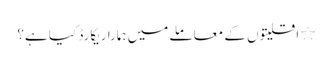
٭ اقلیتوں کے معاملے میں ہمارا ریکارڈ کیا ہے؟